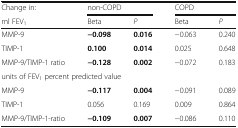
<table><thead><tr><td><b>Change in:</b></td><td colspan="2"><b>non-COPD</b></td><td colspan="2"><b>COPD</b></td></tr><tr><td><b>ml FEV<sub>1</sub></b></td><td><b>Beta</b></td><td><b><i>P</i></b></td><td><b>Beta</b></td><td><b><i>P</i></b></td></tr></thead><tbody><tr><td>MMP-9</td><td><b>−0.098</b></td><td><b>0.016</b></td><td>−0.063</td><td>0.240</td></tr><tr><td>TIMP-1</td><td><b>0.100</b></td><td><b>0.014</b></td><td>0.025</td><td>0.648</td></tr><tr><td>MMP-9/TIMP-1 ratio</td><td><b>−0.128</b></td><td><b>0.002</b></td><td>−0.072</td><td>0.183</td></tr><tr><td colspan="5">units of FEV<sub>1</sub> percent predicted value</td></tr><tr><td>MMP-9</td><td><b>−0.117</b></td><td><b>0.004</b></td><td>−0.091</td><td>0.089</td></tr><tr><td>TIMP-1</td><td>0.056</td><td>0.169</td><td>0.009</td><td>0.864</td></tr><tr><td>MMP-9/TIMP-1-ratio</td><td><b>−0.109</b></td><td><b>0.007</b></td><td>−0.086</td><td>0.110</td></tr></tbody></table>